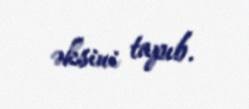
əksini tapıb.